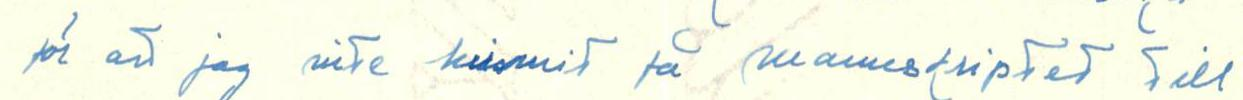
för att jag inte kunnit få manuskriptet till